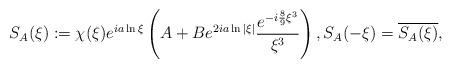
LaTeX: \begin{align*} S_A(\xi) := \chi(\xi) e^{i a\ln \xi} \left( A + B e^{2ia \ln |\xi|} \frac{e^{-i \frac{8}{9} \xi^3}}{\xi^3} \right), S_A(-\xi) = \overline{S_A(\xi)},\end{align*}